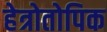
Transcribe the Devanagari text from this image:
हेत्रोतोपिक